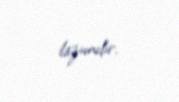
lazımdır.